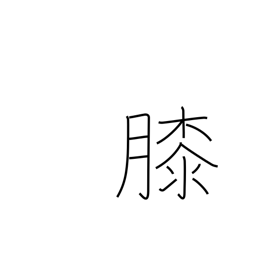
Meaning: lap